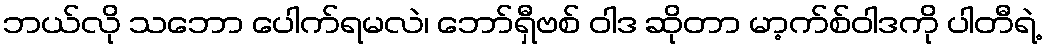
ဘယ်လို သဘော ပေါက်ရမလဲ၊ ဘော်ရှီဗစ် ဝါဒ ဆိုတာ မာ့က်စ်ဝါဒကို ပါတီရဲ့